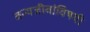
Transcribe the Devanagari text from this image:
वन्यजीवांविषयी